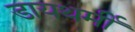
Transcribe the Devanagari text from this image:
डायथर्मी